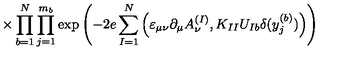
\times \prod _ { b = 1 } ^ { N } \prod _ { j = 1 } ^ { m _ { b } } \exp \left( - 2 e \sum _ { I = 1 } ^ { N } \Big ( \varepsilon _ { \mu \nu } \partial _ { \mu } A _ { \nu } ^ { ( I ) } , K _ { I I } U _ { I b } \delta ( y _ { j } ^ { ( b ) } ) \Big ) \right)